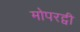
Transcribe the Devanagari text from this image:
मोपरट्वी